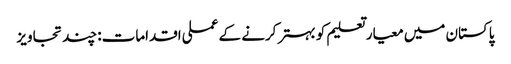
پاکستان میں معیار تعلیم کو بہتر کرنے کے عملی اقدامات: چند تجاویز